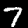
Digit: 7